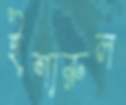
ইশারুল